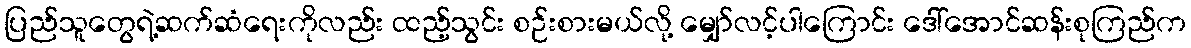
ပြည်သူတွေရဲ့ဆက်ဆံရေးကိုလည်း ထည့်သွင်း စဉ်းစားမယ်လို့ မျှော်လင့်ပါကြောင်း ဒေါ်အောင်ဆန်းစုကြည်က